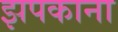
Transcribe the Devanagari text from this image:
झपकाना